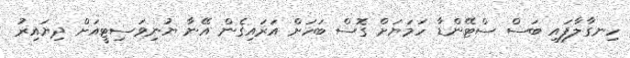
ހިނގާލާފައި ބަސް ސްޓޭންޑާ ހަމަޔަށް ގޮސް ބަހަށް އަރައިގެން އޭނާ ޔުނިވަސިޓީއަށް ދިޔައިރު